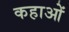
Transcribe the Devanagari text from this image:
कहाओं